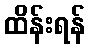
ထိန်းရန်